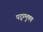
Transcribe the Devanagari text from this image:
पद्म्भुषण